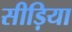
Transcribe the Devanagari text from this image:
सीड़िया